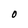
Character: O